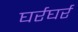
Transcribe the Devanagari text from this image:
घर्रघर्र